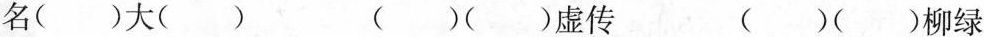
名()大() ()()虚传 ()()柳绿